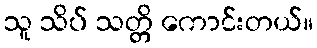
သူ သိပ် သတ္တိ ကောင်းတယ်။